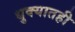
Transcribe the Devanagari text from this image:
धुक्यातही